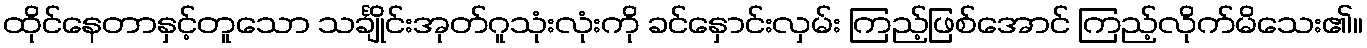
ထိုင်နေတာနှင့်တူသော သင်္ချိုင်းအုတ်ဂူသုံးလုံးကို ခင်နှောင်းလှမ်း ကြည့်ဖြစ်အောင် ကြည့်လိုက်မိသေး၏။